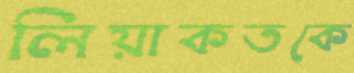
লিয়াকতকে